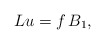
\begin{align*}L u=f \,B_1,\end{align*}